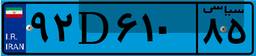
۹۲D۶۱۰۸۵